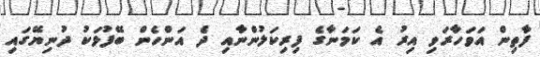
ފާތިން އަވަހާރަވި އިރު އެ ކަމަނާގެ ފިރިކަލުންނާއި ދެ އަންހެން ބޭފުޅަކު ދުނިޔޭގައި